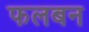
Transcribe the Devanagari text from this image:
फलबन